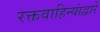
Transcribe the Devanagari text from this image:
रक्तवाहिन्यांद्वारे